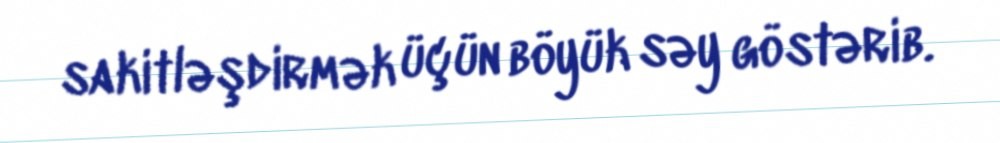
sakitləşdirmək üçün böyük səy göstərib.